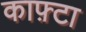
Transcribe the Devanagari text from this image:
काफ़्टा